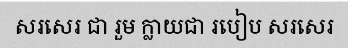
សរសេរ ជា រួម ក្លាយជា របៀប សរសេរ